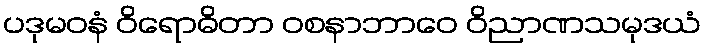
ပဒုမဝနံ ဝိရောဓိတာ ဝစနာဘာဝေ ဝိညာဏသမုဒယံ